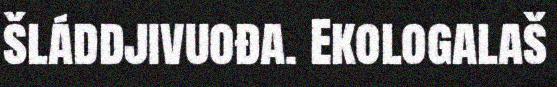
šláddjivuođa. Ekologalaš